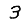
Digit: 3